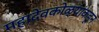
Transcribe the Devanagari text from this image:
महादेवकोळ्यांकडून